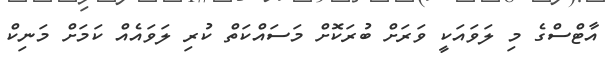
އާޓްސްގެ މި ލަވައަކީ ވަރަށް ބުރަކޮށް މަސައްކަތް ކުރި ލަވައެއް ކަމަށް މަނިކް